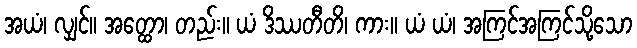
အယံ၊ လျှင်။ အတ္ထော၊ တည်း။ ယံ ဒိဿတီတိ၊ ကား။ ယံ ယံ၊ အကြင်အကြင်သို့သော